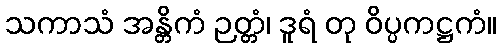
သကာသံ အန္တိကံ ဉတ္တံ၊ ဒူရံ တု ဝိပ္ပကဋ္ဌကံ။